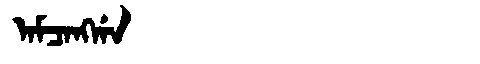
Manchu: ᠠᠮᠴᠠᠩᡤᠠ
Romanization: AMCANGGA